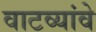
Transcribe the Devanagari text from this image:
वाटव्यांवे